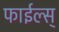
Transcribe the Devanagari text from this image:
फाईल्स्